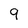
Character: 9